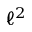
\ell ^ { 2 }